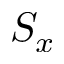
S _ { x }